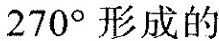
270°形成的